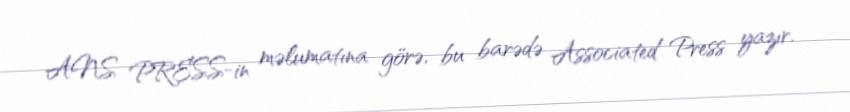
ANS PRESS-in məlumatına görə, bu barədə Associated Press yazır.